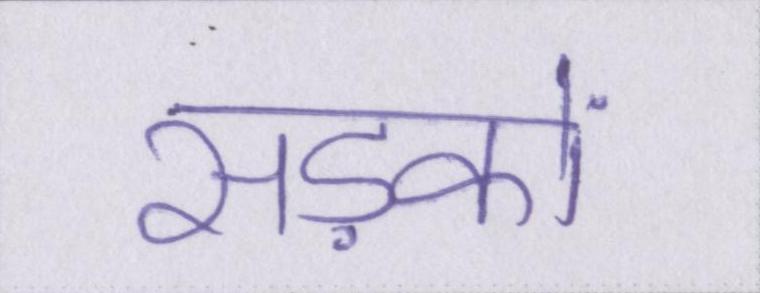
सड़कों